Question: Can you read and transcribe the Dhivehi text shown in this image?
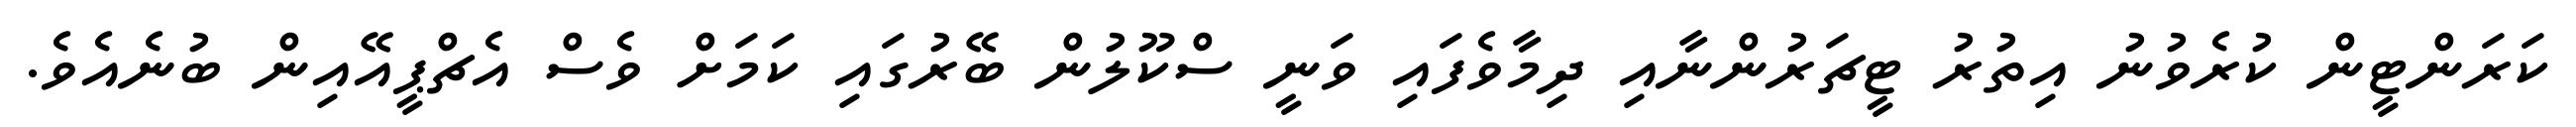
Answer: ކަރަންޓީން ކުރެވުނު އިތުރު ޓީޗަރުންނާއި ދިމާވެފައި ވަނީ ސްކޫލުން ބޭރުގައި ކަމަށް ވެސް އެޗްޕީއޭއިން ބުނެއެވެ.